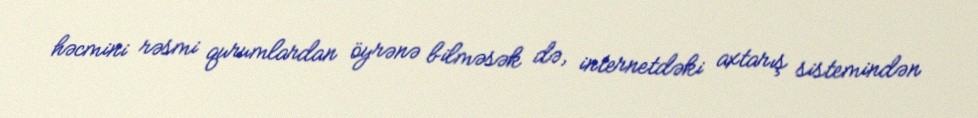
həcmini rəsmi qurumlardan öyrənə bilməsək də, internetdəki axtarış sistemindən